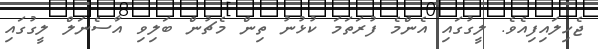
ޖެހިލައިފިއެވެ. ލީގުގައި އެންމެ ފުރަތަމަ ކުޅުނު ތިން މެޗުން ބަލިވި އާސެނަލް ލީގުގައި